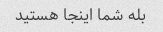
بله شما اینجا هستید